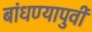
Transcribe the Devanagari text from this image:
बांधण्यापुर्वी